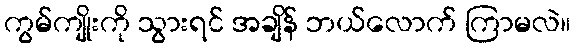
ကွမ်ကျိုးကို သွားရင် အချိန် ဘယ်လောက် ကြာမလဲ။